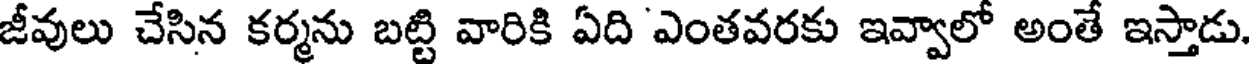
జీవులు చేసిన కర్మను బట్టి వారికి ఏది ఎంతవరకు ఇవ్వాలో అంతే ఇస్తాడు.